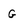
Character: G